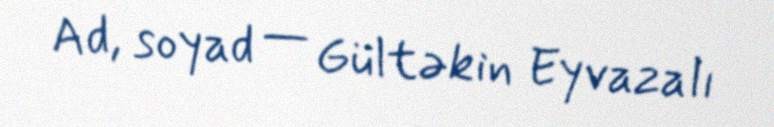
Ad, soyad — Gültəkin Eyvazalı